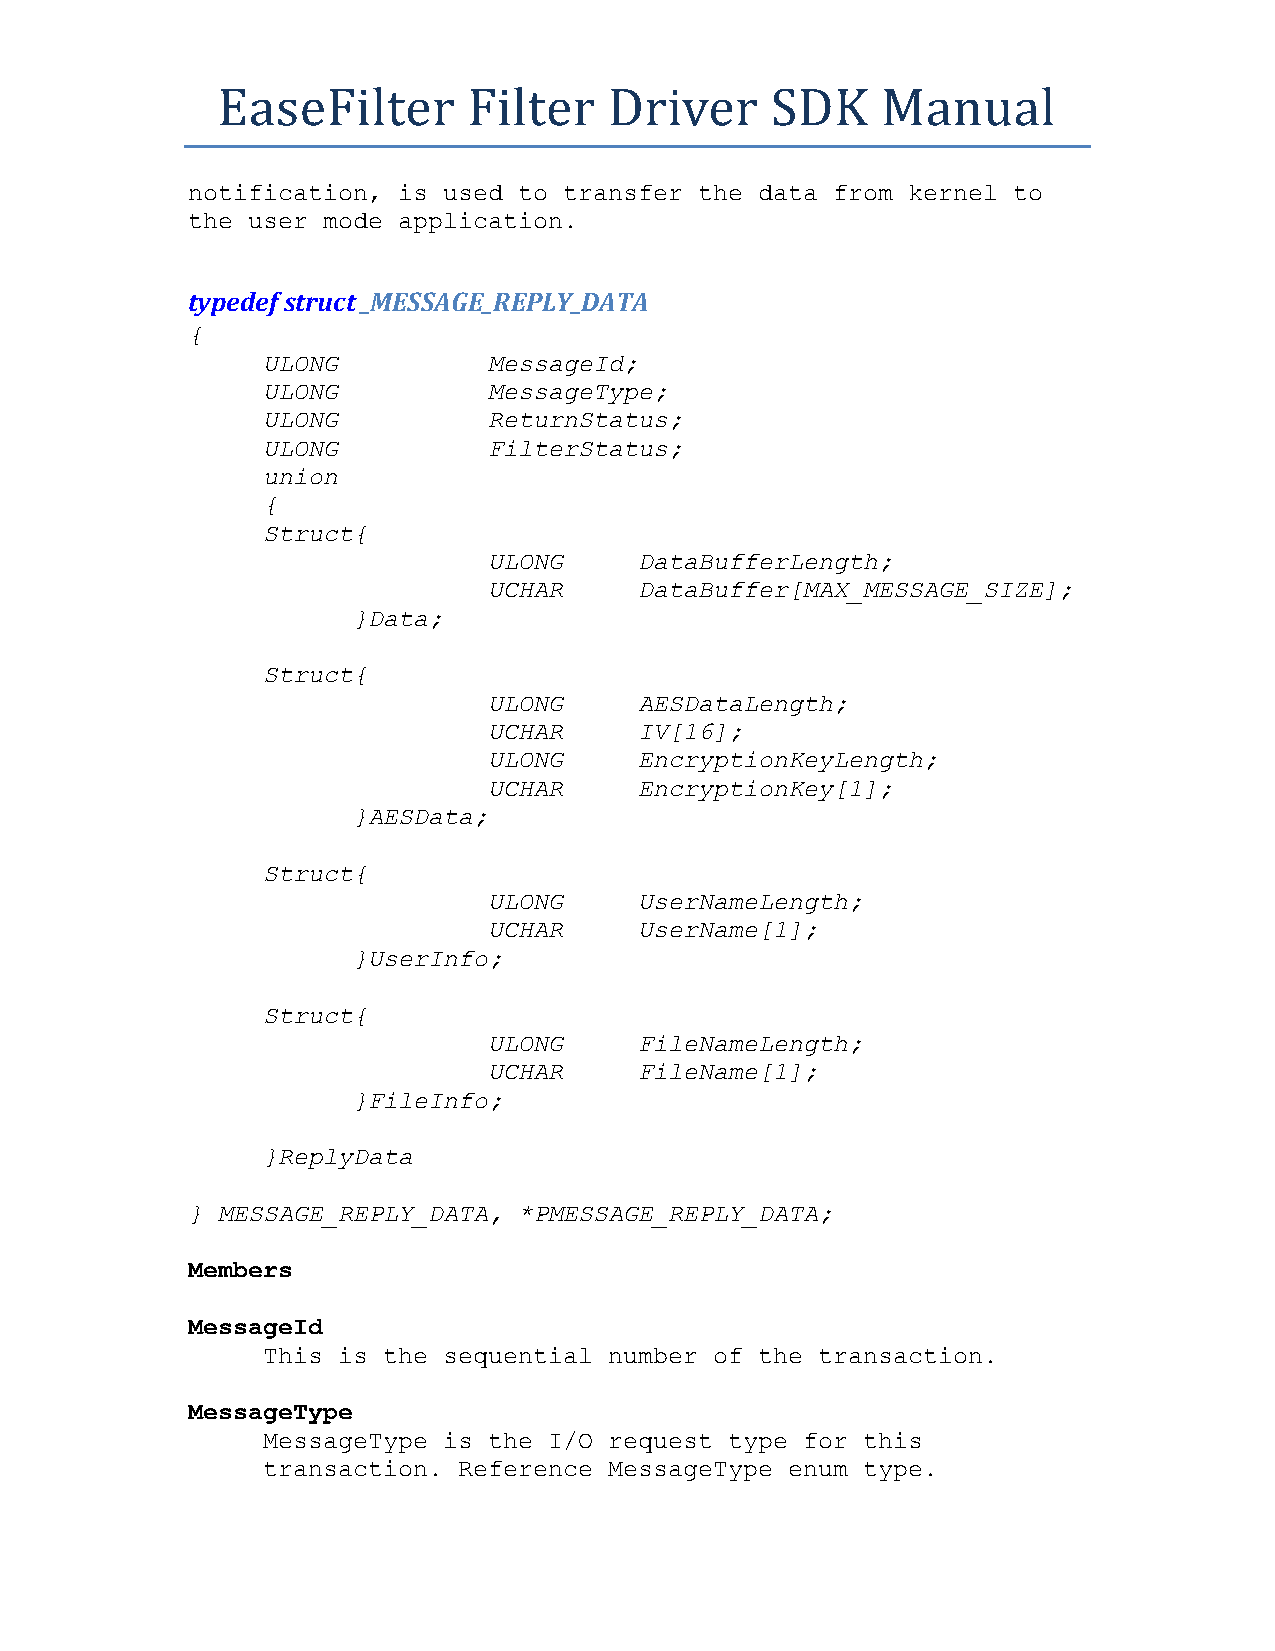
EaseFilter       Filter   Driver     SDK    Manual
 notification, is used to transfer the data from kernel to
 the user mode application.
 typedef struct _MESSAGE_REPLY_DATA
 {
 ULONG          MessageId;
 ULONG          MessageType;
 ULONG          ReturnStatus;
 ULONG          FilterStatus;
 union
 {
 Struct{
 ULONG     DataBufferLength;
 UCHAR     DataBuffer[MAX_MESSAGE_SIZE];
 }Data;
 Struct{
 ULONG     AESDataLength;
 UCHAR     IV[16];
 ULONG     EncryptionKeyLength;
 UCHAR     EncryptionKey[1];
 }AESData;
 Struct{
 ULONG     UserNameLength;
 UCHAR     UserName[1];
 }UserInfo;
 Struct{
 ULONG     FileNameLength;
 UCHAR     FileName[1];
 }FileInfo;
 }ReplyData
 } MESSAGE_REPLY_DATA, *PMESSAGE_REPLY_DATA;
 Members
 MessageId
 This is the sequential number of the transaction.
 MessageType
 MessageType is the I/O request type for this
 transaction. Reference MessageType enum type.